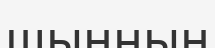
шыңның